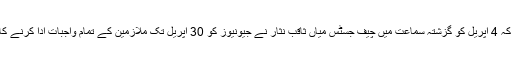
واضح رہے کہ 4 اپریل کو گزشتہ سماعت میں چیف جسٹس میاں ثاقب نثار نے جیونیوز کو 30 اپریل تک ملازمین کے تمام واجبات ادا کرنے کا حکم دیا تھا۔